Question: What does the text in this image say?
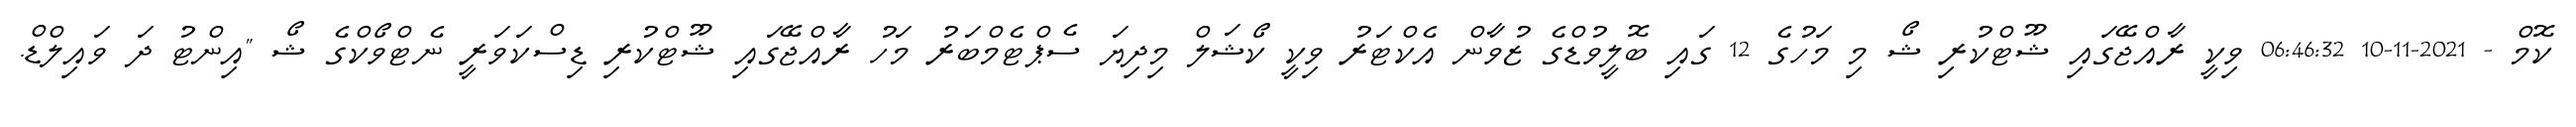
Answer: ކޮމް - 2021-11-10 06:46:32 ވިކީ ރާއްޖޭގައި ޝޫޓްކުރި ޝޯ މި މަހުގެ 12 ގައި ބޮލީވުޑްގެ ޒުވާން އެކްޓަރު ވިކީ ކޯޝަލް މިދިޔަ ސެޕްޓެމްބަރު މަހު ރާއްޖޭގައި ޝޫޓްކުރި ޑިސްކަވަރީ ނެޓްވޯކްގެ ޝޯ "އިންޓު ދަ ވައިލްޑް.